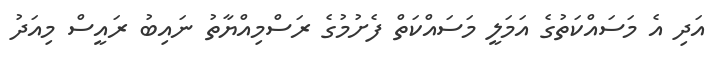
އަދި އެ މަސައްކަތުގެ އަމަލީ މަސައްކަތް ފެށުމުގެ ރަސްމިއްޔާތު ނައިބު ރައީސް މިއަދު